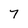
Character: T